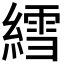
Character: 𫃽